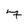
Character: 7